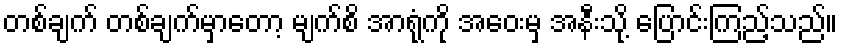
တစ်ချက် တစ်ချက်မှာတော့ မျက်စိ အာရုံကို အဝေးမှ အနီးသို့ ပြောင်းကြည့်သည်။